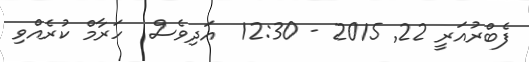
ފެބްރުއަރީ 22